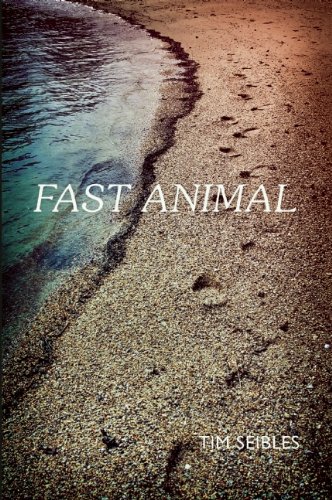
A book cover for Fast Animal; Tim Seibles; Literature & Fiction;